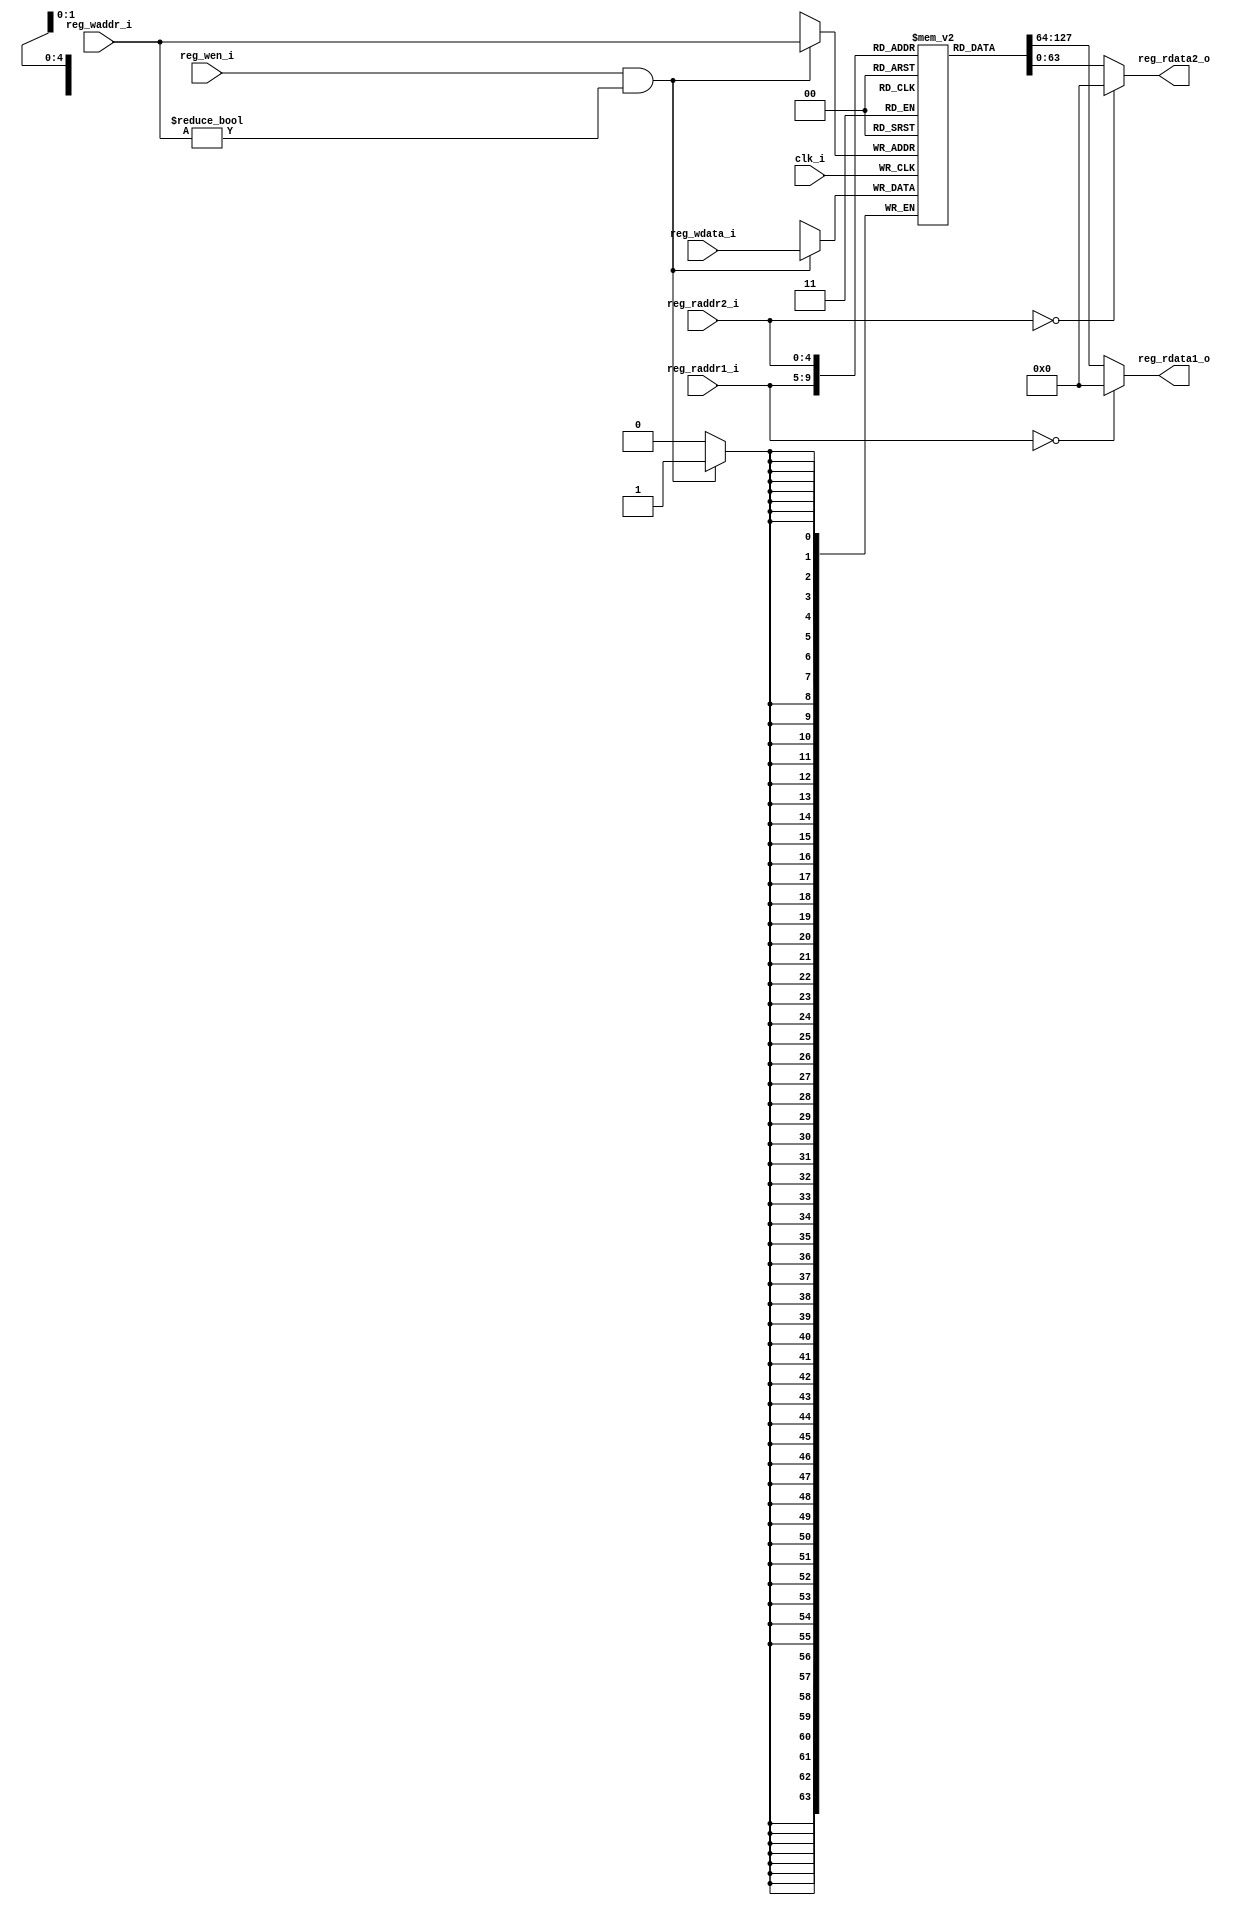
module regs(
    input clk_i,
    input [4:0] reg_raddr1_i,
    input [4:0] reg_raddr2_i,
    input       reg_wen_i,
    input [4:0] reg_waddr_i,
    input [63:0] reg_wdata_i,
    output [63:0] reg_rdata1_o,
    output [63:0] reg_rdata2_o
);

    reg [63:0] regs[31:0];

    assign reg_rdata1_o = (reg_raddr1_i == 5'b0) ? 64'b0 : regs[reg_raddr1_i];
    assign reg_rdata2_o = (reg_raddr2_i == 5'b0) ? 64'b0 : regs[reg_raddr2_i];

    always@(posedge clk_i)begin
        if(reg_wen_i && (reg_waddr_i != 5'b0))
            regs[reg_waddr_i] <= reg_wdata_i;
    end

endmodule